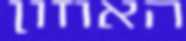
האוזון